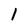
Character: l